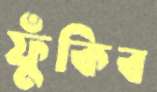
ফুঁকিব